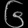
Digit: ၆